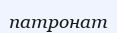
патронат